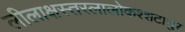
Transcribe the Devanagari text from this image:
लीलाक्षस्तरलालोकश्शटासुर